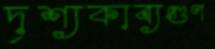
দৃশ্যকাব্যগুণ